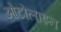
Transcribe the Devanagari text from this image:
ओटोलाइन